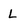
Character: L